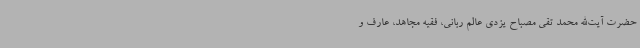
حضرت آیت‌الله محمد تقی مصباح یزدی عالم ربانی، فقیه مجاهد، عارف و